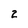
Character: 2